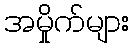
အမှိုက်များ